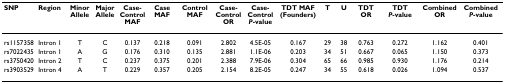
<table><thead><tr><td><b>SNP</b></td><td><b>Region</b></td><td><b>Minor Allele</b></td><td><b>Major Allele</b></td><td><b>Case-Control MAF</b></td><td><b>Case MAF</b></td><td><b>Control MAF</b></td><td><b>Case-Control OR</b></td><td><b>Case-Control <i>P</i>-value</b></td><td><b>TDT MAF (Founders)</b></td><td><b>T</b></td><td><b>U</b></td><td><b>TDT OR</b></td><td><b>TDT <i>P</i>-value</b></td><td><b>Combined OR</b></td><td><b>Combined <i>P</i>-value</b></td></tr></thead><tbody><tr><td>rs1157358</td><td>Intron 1</td><td>T</td><td>C</td><td>0.137</td><td>0.218</td><td>0.091</td><td>2.802</td><td>4.5E-05</td><td>0.167</td><td>29</td><td>38</td><td>0.763</td><td>0.272</td><td>1.162</td><td>0.401</td></tr><tr><td>rs7022435</td><td>Intron 1</td><td>A</td><td>G</td><td>0.176</td><td>0.310</td><td>0.135</td><td>2.881</td><td>1.1E-06</td><td>0.203</td><td>34</td><td>51</td><td>0.667</td><td>0.065</td><td>1.150</td><td>0.373</td></tr><tr><td>rs3750420</td><td>Intron 2</td><td>T</td><td>C</td><td>0.237</td><td>0.375</td><td>0.201</td><td>2.388</td><td>7.9E-06</td><td>0.304</td><td>65</td><td>66</td><td>0.985</td><td>0.930</td><td>1.176</td><td>0.214</td></tr><tr><td>rs3903529</td><td>Intron 4</td><td>A</td><td>T</td><td>0.229</td><td>0.357</td><td>0.205</td><td>2.154</td><td>8.2E-05</td><td>0.247</td><td>34</td><td>55</td><td>0.618</td><td>0.026</td><td>1.094</td><td>0.537</td></tr></tbody></table>